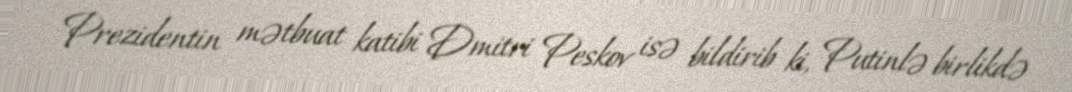
Prezidentin mətbuat katibi Dmitri Peskov isə bildirib ki, Putinlə birlikdə